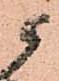
候